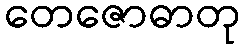
တေဇောဓာတု